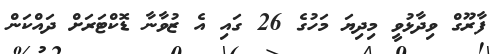
ފާރޫގް ވިދާޅުވީ މިދިޔަ މަހުގެ 26 ގައި އެ ޒުވާނާ ޑޮކްޓަރަށް ދައްކަން